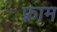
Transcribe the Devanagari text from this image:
फ़्राम